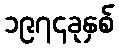
၁၉၇၄ခုနှစ်